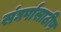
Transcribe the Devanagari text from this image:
संघर्षासाठीष